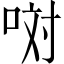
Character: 𠲝